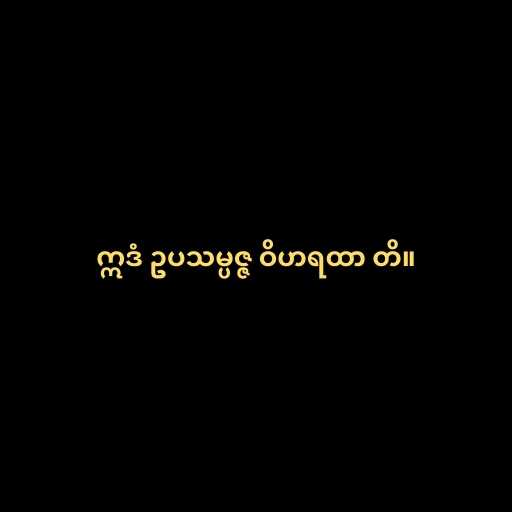
ဣဒံ ဥပသမ္ပဇ္ဇ ဝိဟရထာ တိ။